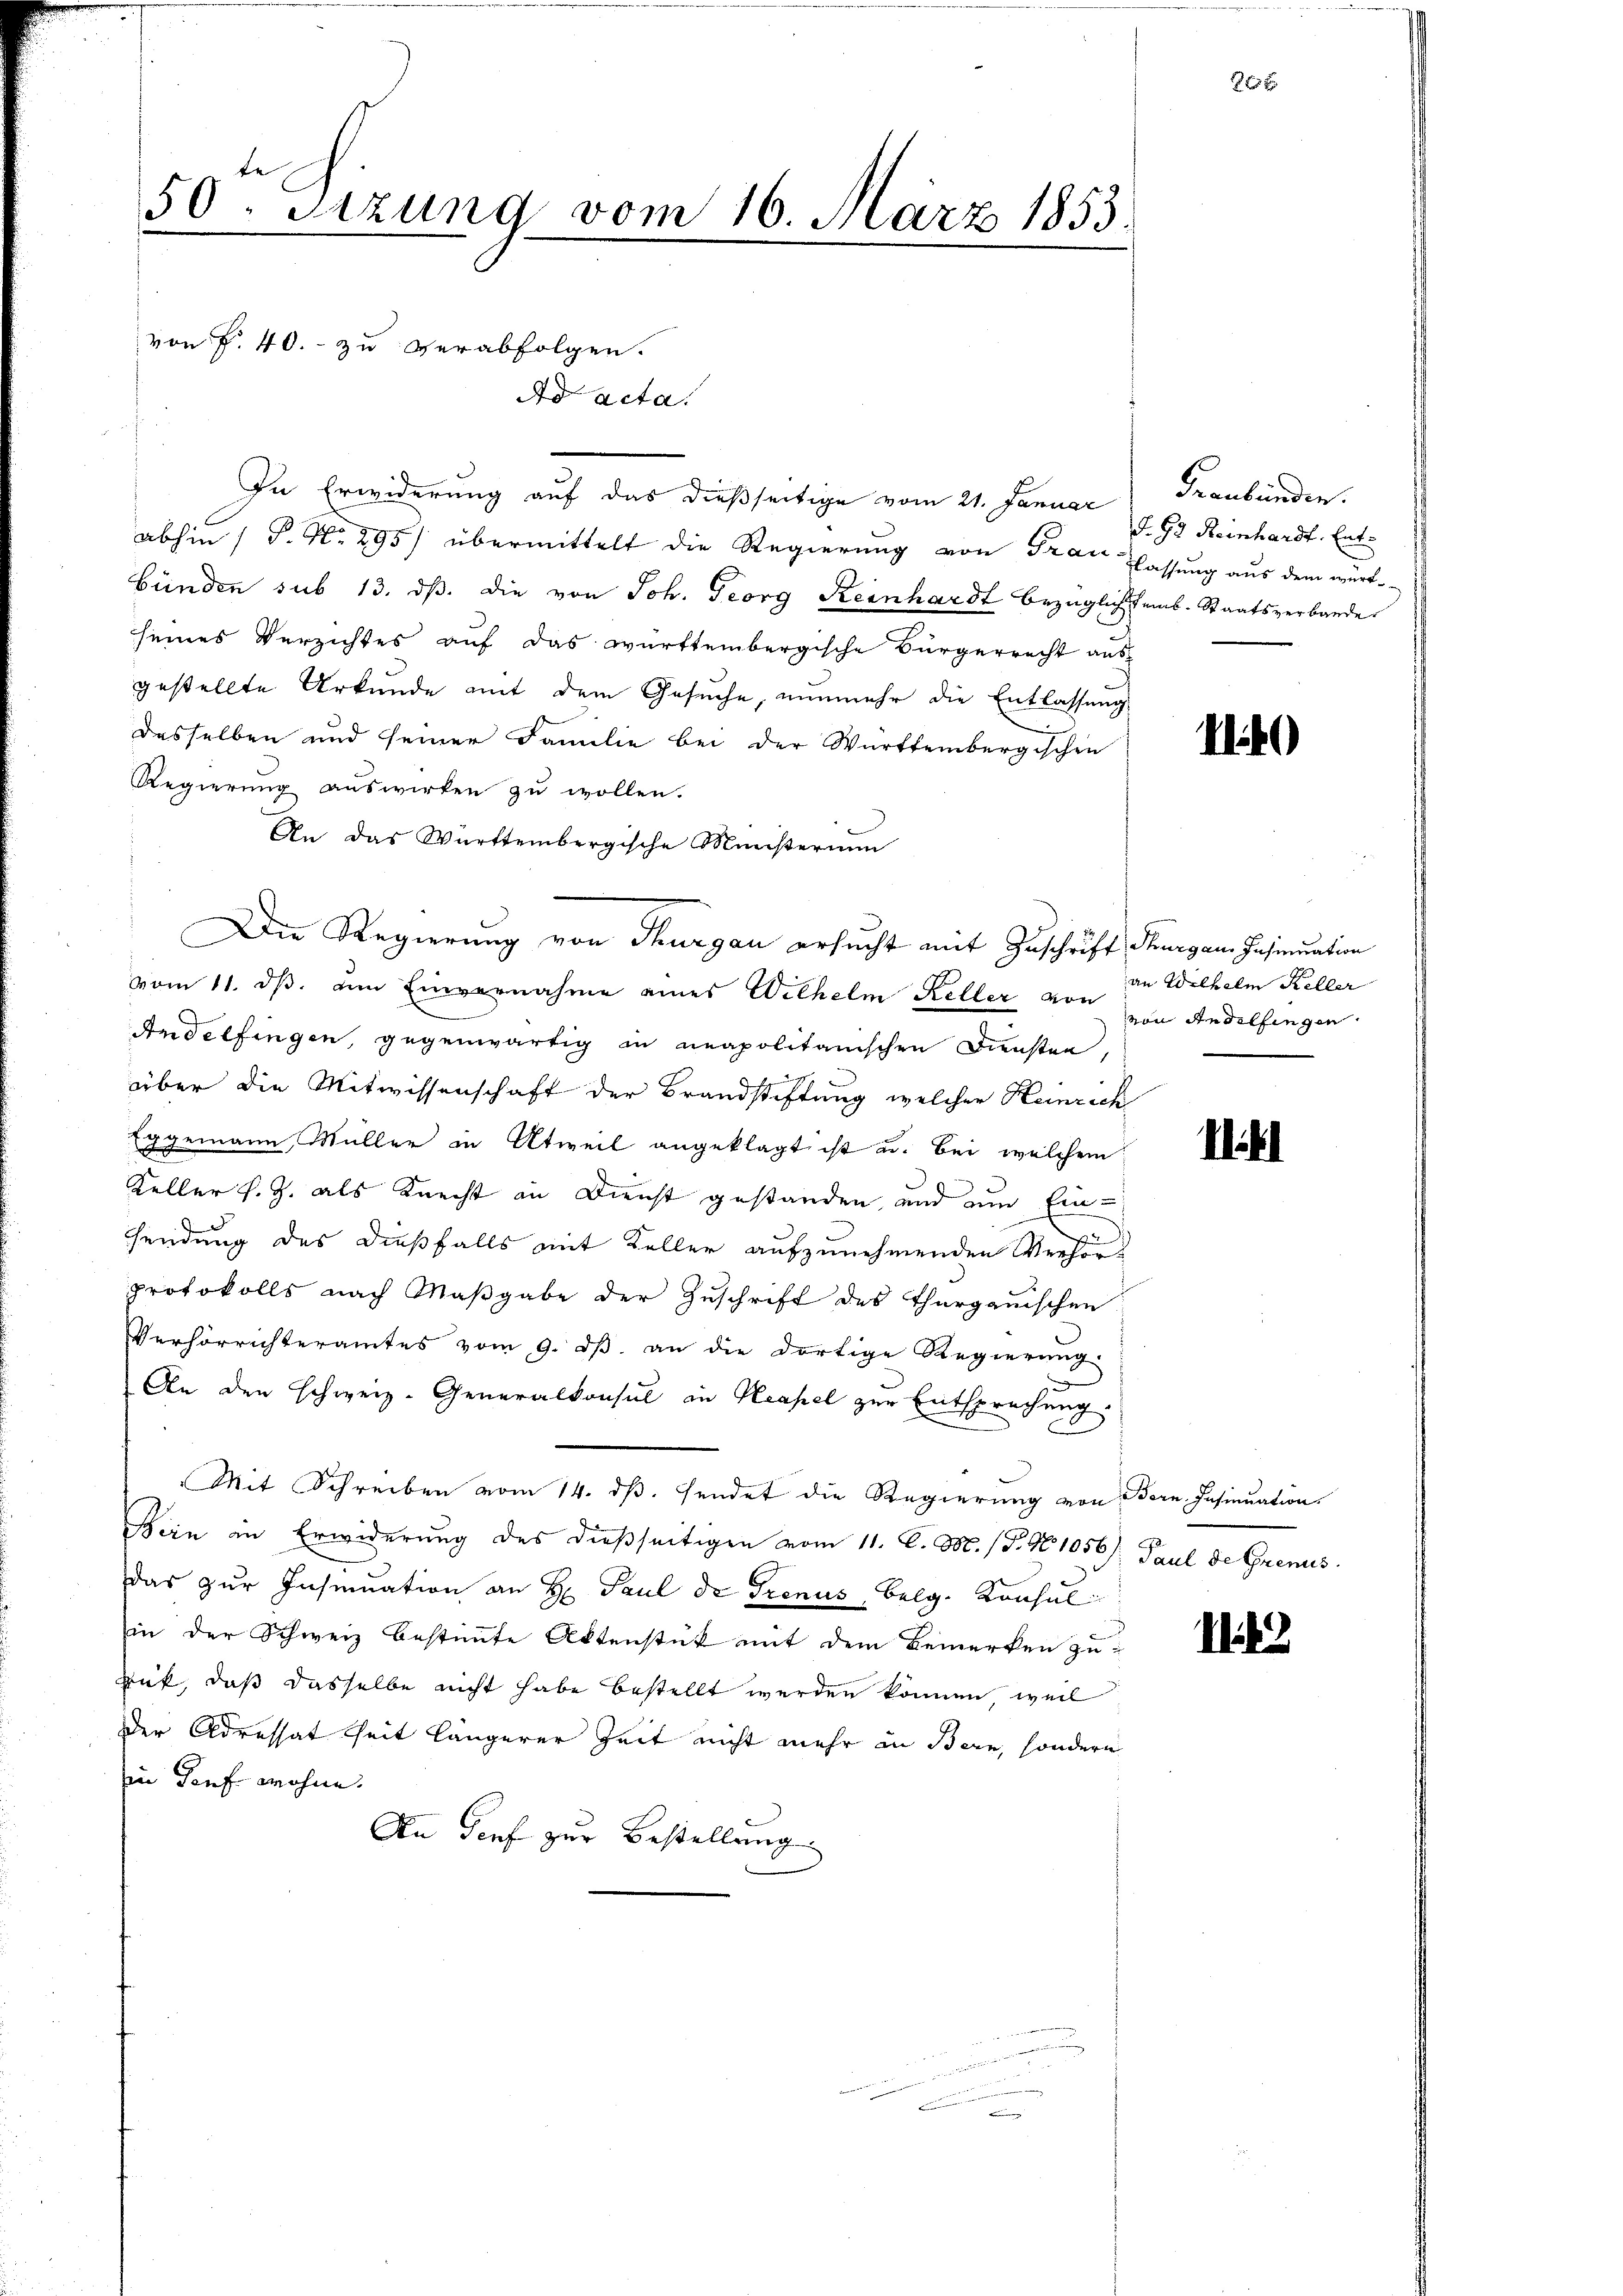
50ten Sizung vom 16. März 1853.
von P. 40. zu verabfolgen.

Ad acta

In Erwiderung auf das dießseitige vom 21. Januar
abhin 1 S. Nr. 295) übermittelt die Regierung von Frau Classung aus dem werte
bünden sub 13. dβ. die von Joh. Georg Reinhardt bezüglichstems-Staatsverbande
seines Verzichtes auf das württembergische Bürgerrecht aus
gestellte Urkunde mit dem Gesuche, nunmehr die Entlassung
desselben und seiner Familie bei der Württembergischen
Regierung auswirken zu wollen.
An das Württembergische Ministerium
Die Regierung von Thurgau ersucht mit Zuschrift Thurgau Insinuation
vom 11. ds. um Einvernahme eines Wilhelm Keller, von in Wilhelm Keller
Andelfingen, gegenwärtig in neapolitanischen Diensten,
über die Mitwissenschaft der Brandstiftung welcher Heinrich
Eggemann, Müller in Atweil angeklagt ist u. bei welchem
Keller s. Z. als Knecht an Dienst gestanden, und am Einendung des dießfalls mit Keller aufzunehmenden Verhörprotokolls nach Maßgabe der Zuschrift des Thurgauischen
Verhörrichteramtes vom 9. dβ an die dortige Regierung
9
An den schweiz. Generalkonsul in Neapel zur Entsprechung
Mit Schreiben vom 14. ds. sendet die Regierung von Bern Insinuation
Bein in Erwiderung des dießseitigen vom 11. C. M. (T. No 1056), Paul de Grenis
das zur Insinuation an H. Paul de Trenus, Belg. Konsul
in der Schweiz bestimmte Aktenstück mit dem Bemerken zu-
Zuk, daß dasselbe nicht habe bestellt werden können, weil
der Adressat Zeit längerer Zeit nicht mehr an Bern, sondern
in Torf wohne.
An Genf zur Bestellung

20 x

Graubünden.
S. 92 Reinhardt, Ent¬

114

von Andelfingen.

1

22